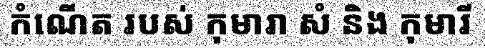
កំណើត របស់ កុមារា សំ និង កុមារី